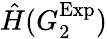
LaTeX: \hat{H}(G_{2}^{\mathrm{Exp}})